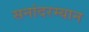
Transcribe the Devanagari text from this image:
सनांदरम्यान